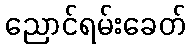
ညောင်ရမ်းခေတ်